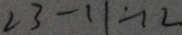
2 3 - 1 1 = 1 2